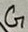
Text: G